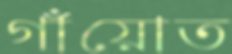
গাঁয়োত